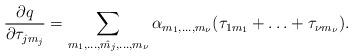
LaTeX: \begin{align*} \frac{\partial q}{\partial \tau_{j m_j}} = \sum_{m_1,\ldots, \hat{m_j},\ldots, m_{\nu}} \alpha_{m_1,\ldots,m_{\nu}}(\tau_{1 m_1} + \ldots + \tau_{\nu m_{\nu}}). \end{align*}